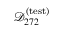
\mathcal { D } _ { 2 7 2 } ^ { \mathrm { ( t e s t ) } }